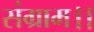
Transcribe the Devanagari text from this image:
संग्राम।।